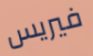
فيريس